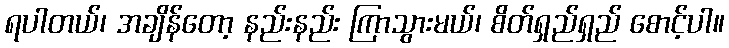
ရပါတယ်၊ အချိန်တော့ နည်းနည်း ကြာသွားမယ်၊ စိတ်ရှည်ရှည် စောင့်ပါ။